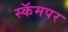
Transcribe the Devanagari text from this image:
स्कॅमपर